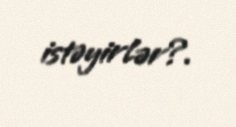
istəyirlər?.